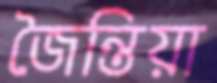
জৈন্তিয়া